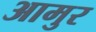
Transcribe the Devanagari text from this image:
आमुर